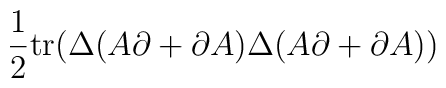
\frac{1}{2}\mathrm{tr}(\Delta(A\partial+\partial A)\Delta(A\partial+	\partial A))